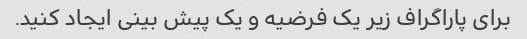
برای پاراگراف زیر یک فرضیه و یک پیش بینی ایجاد کنید.